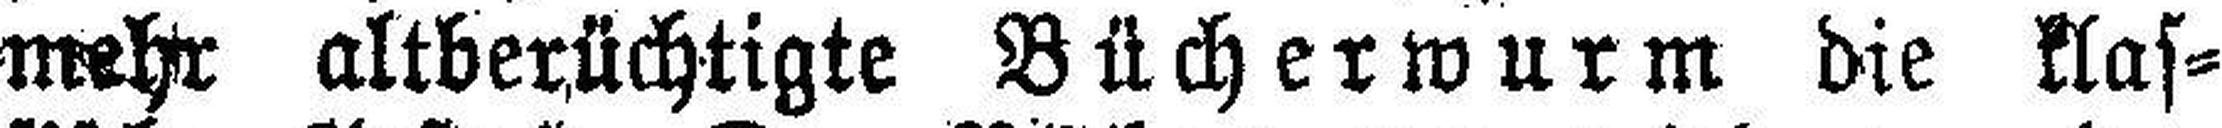
mehr altberüchtigte Bücherwurm die klas¬